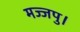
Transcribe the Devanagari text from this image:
मज्जपु।